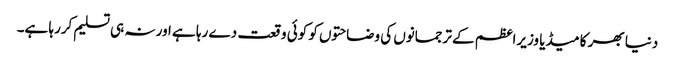
دنیا بھر کا میڈیا وزیراعظم کے ترجمانوں کی وضاحتوں کو کوئی وقعت دے رہا ہے اور نہ ہی تسلیم کررہا ہے۔